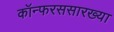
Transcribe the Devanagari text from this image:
कॉन्फरससारख्या